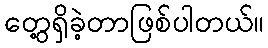
တွေ့ရှိခဲ့တာဖြစ်ပါတယ်။